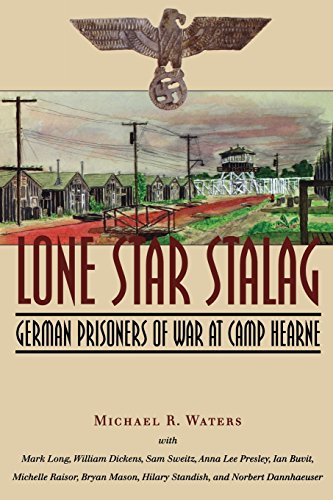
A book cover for Lone Star Stalag: German Prisoners of War at Camp Hearne; Michael R. Waters; History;